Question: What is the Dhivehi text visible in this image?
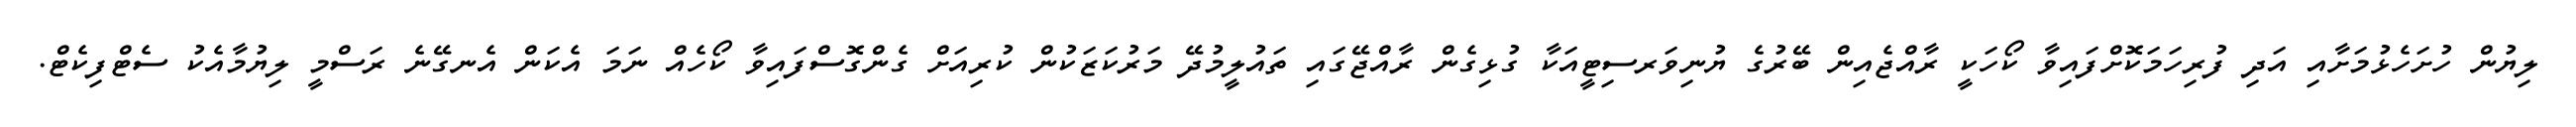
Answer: ލިޔުން ހުށަހެޅުމަށާއި އަދި ފުރިހަމަކޮށްފައިވާ ކޯހަކީ ރާއްޖެއިން ބޭރުގެ ޔުނިވަރސިޓީއަކާ ގުޅިގެން ރާއްޖޭގައި ތައުލީމުދޭ މަރުކަޒަކުން ކުރިއަށް ގެންގޮސްފައިވާ ކޯހެއް ނަމަ އެކަން އެނގޭނެ ރަސްމީ ލިޔުމާއެކު ސެޓްފިކެޓް.